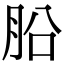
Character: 𣍬